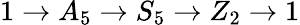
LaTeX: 1\to A_{5}\to S_{5}\to Z_{2}\to 1